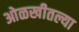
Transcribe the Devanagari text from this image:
ओळखीतल्या